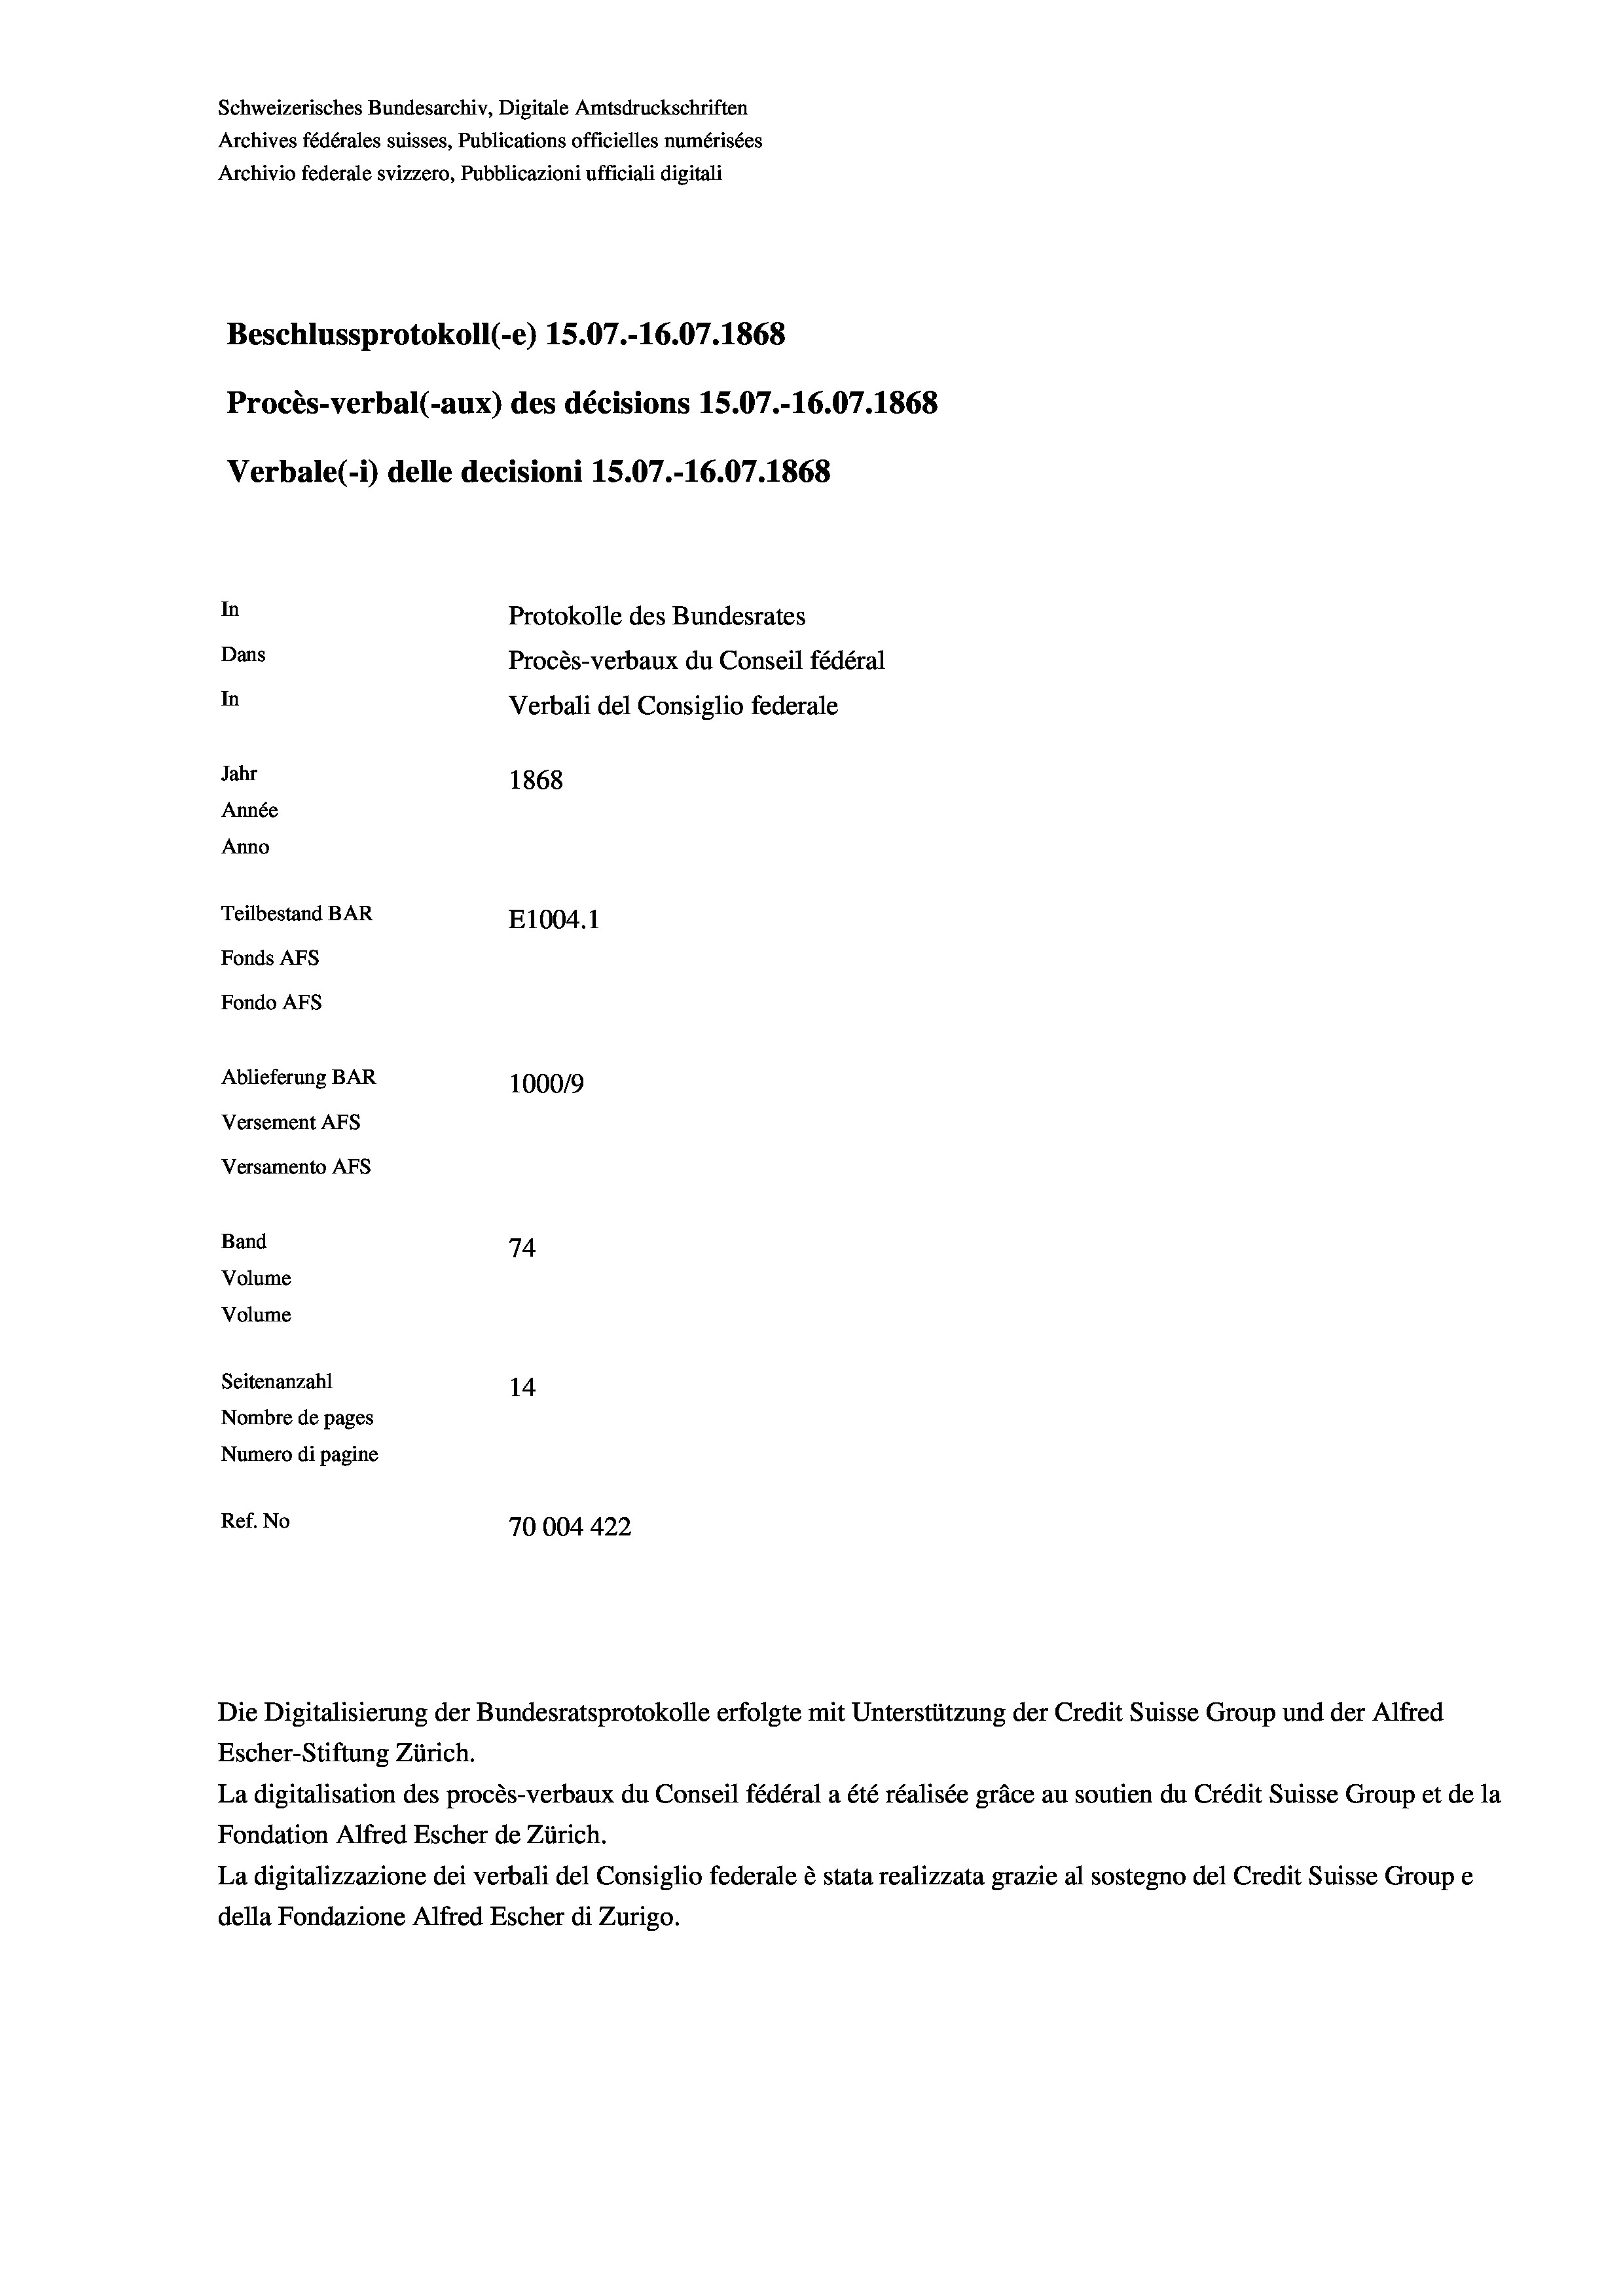
Schweizerisches Bundesarchiv, Digitale Amtsdruckschriften
Archives fédérales suisses, Publications officielles numérisées
Archivio federale svizzero, Pubblicazioni ufficiali digitali
Beschlussprotokoll (-e) 15.07.-16.07. 1868
Procès-verbal (-aux) des décisions 15.07.-16.07. 1868
Verbale(*) delle decisioni 15.07.-16.07. 1868
In
Protokolle des Bundesrates
Dans
Procès-verbaux du Conseil fédéral
In
Verbali del Consiglio federale
Jahr
1868
Année
Anno
Teilbestand BAR
E1004. 1
Fonds AFs
Fondo AFS
Ablieferung BAR
100019
Versement AFs
Versamento AFs
Band
74
Volume
Volume
Seitenanzahl
14
Nombre de pages
Numero di pagine
Ref. No
70004 422

Escher-Stiftung Zürich.
La digitalisation des procès-verbaux du Conseil fédéral a été réalisée gräce au soutien du Crédit Suisse Group et de la
Fondation Alfred Escher de Zürich.
La digitalizzazione dei verbali del Consiglio federale è stata realizzata grazie al sostegno del Credit Suisse Groupe
della Fondazione Alfred Escher di Zurigo.

Die Digitalisierung der Bundesratsprotokolle erfolgte mit Unterstützung der Credit Suisse Group und der Alfred